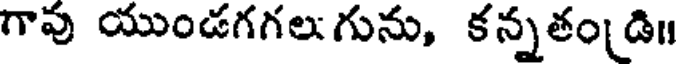
గావు యుండగగలుగును, కన్నతండి॥